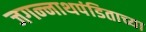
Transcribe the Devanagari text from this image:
जगन्‍नाथपंडिताच्या